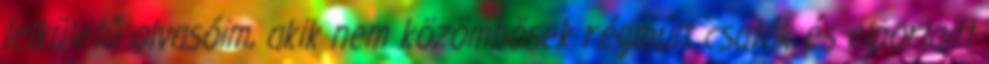
lelkületű olvasóim, akik nem közömbösek régmúlt csaták és elporladt